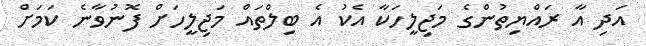
އަދި އާ ރައްޔިތުންގެ މަޖިލީހަކާ އެކު އެ ބިލްތައް މަޖިލީހަށް ފޮނުވާނެ ކަމަށް